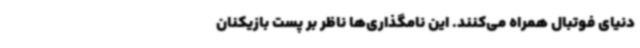
دنیای فوتبال همراه می‌کنند. این‌ نامگذاری‌ها ناظر بر پست بازیکنان